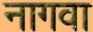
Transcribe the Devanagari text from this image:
नागवा